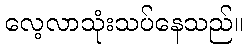
လေ့လာသုံးသပ်နေသည်။